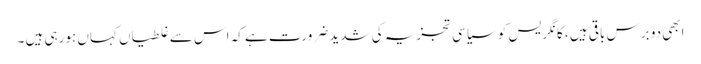
ابھی دو برس باقی ہیں ، کانگریس کو سیاسی تجزیہ کی شدید ضرورت ہے کہ اس سے غلطیاں کہاں ہورہی ہیں ۔